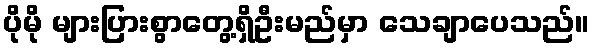
ပိုမို များပြားစွာတွေ့ရှိဦးမည်မှာ သေချာပေသည်။